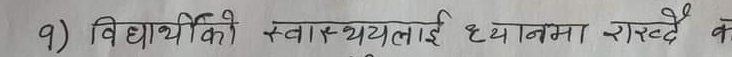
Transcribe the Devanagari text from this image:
१) विद्यार्थीको स्वास्थ्यलाई ध्यानमा राख्दै क